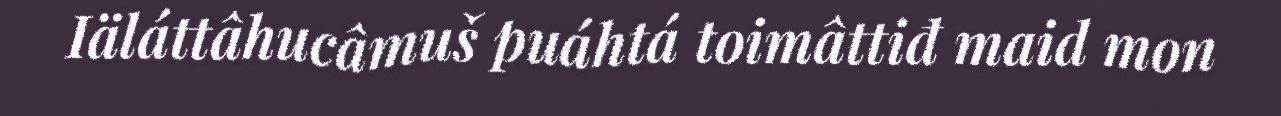
Iäláttâhucâmuš puáhtá toimâttiđ maid mon